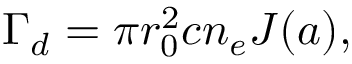
\Gamma _ { d } = \pi r _ { 0 } ^ { 2 } c n _ { e } J ( a ) ,